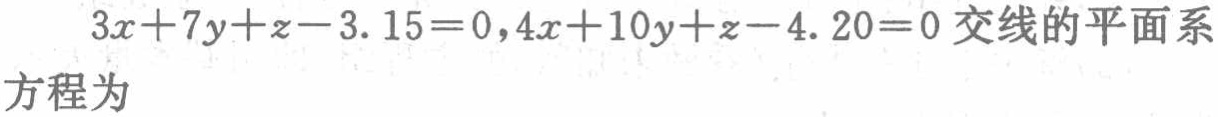
$3x + 7y + z - 3.15 = 0,4x + 10y + z - 4.20 = 0$ 交线的平面系方程为